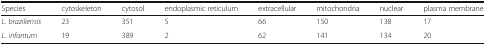
| Species | cytoskeleton | cytosol | endoplasmic reticulum | extracellular | mitochondria | nuclear | plasma membrane |
 | --- | --- | --- | --- | --- | --- | --- | --- |
 | L. braziliensis | 23 | 351 | 5 | 66 | 150 | 138 | 17 |
 | L. infantum | 19 | 389 | 2 | 62 | 141 | 134 | 20 |